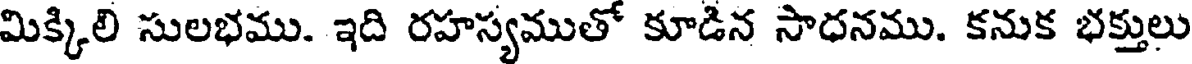
మిక్కిలి సులభము. ఇది రహస్యముతో కూడిన సాధనము. కనుక భక్తులు